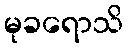
မုခရောသိ